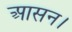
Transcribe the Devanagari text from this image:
आसन।